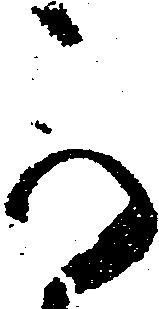
可